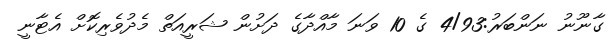
ގާނޫނު ނަންބަރު:4/93 ގެ 10 ވަނަ މާއްދާގެ ދަށުން ޝަރީއަތް މެދުވެރިކޮށް އެޓާނީ